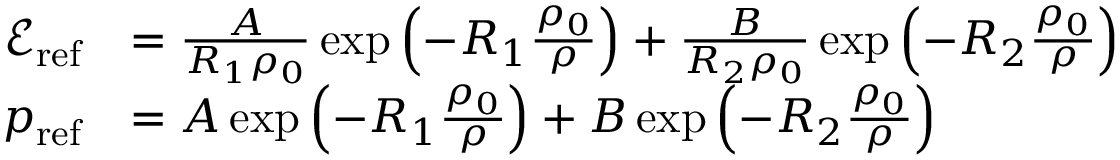
\begin{array} { r l } { \mathscr { E } _ { \mathrm { r e f } } } & { = \frac { A } { R _ { 1 } \rho _ { 0 } } \exp \left( { - R _ { 1 } \frac { \rho _ { 0 } } { \rho } } \right) + \frac { B } { R _ { 2 } \rho _ { 0 } } \exp \left( { - R _ { 2 } \frac { \rho _ { 0 } } { \rho } } \right) } \\ { p _ { \mathrm { r e f } } } & { = A \exp \left( { - R _ { 1 } \frac { \rho _ { 0 } } { \rho } } \right) + B \exp \left( { - R _ { 2 } \frac { \rho _ { 0 } } { \rho } } \right) } \end{array}